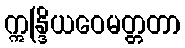
ဣန္ဒြိယဝေမတ္တတာ